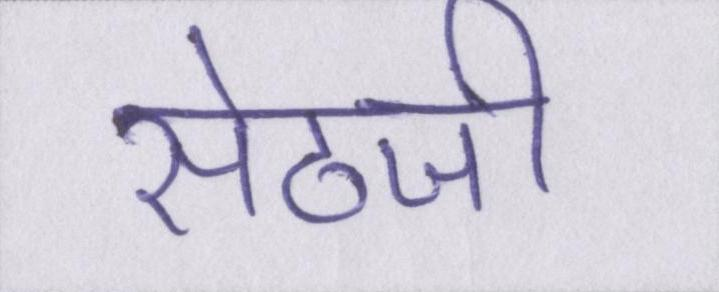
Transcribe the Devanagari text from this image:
सेठजी